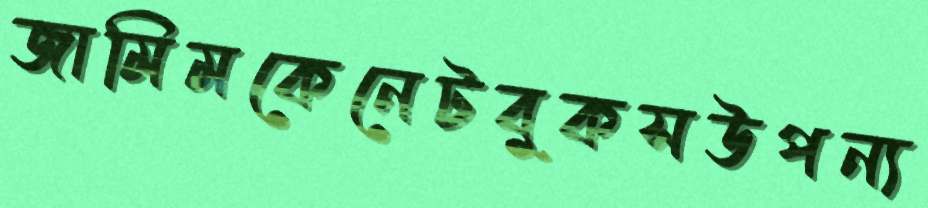
জামিমকেনেটবুকসউপন্য